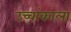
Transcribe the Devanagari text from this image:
उच्चांकाला